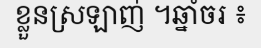
ខ្លួនស្រឡាញ់ ។ឆ្នាំចរ ៖